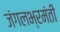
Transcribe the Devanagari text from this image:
जंगलभ्रमंती